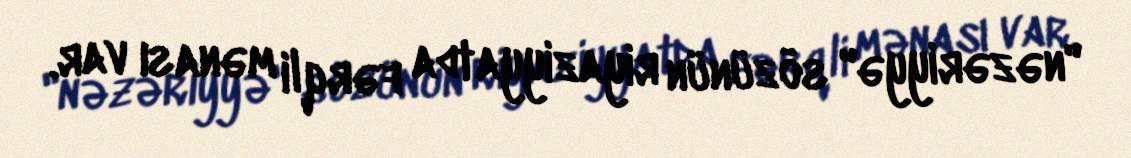
"nəzəriyyə" sözünün riyaziyyatda fərqli mənası var.